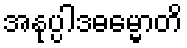
အနုပ္ပါဒဓမ္မောတိ